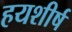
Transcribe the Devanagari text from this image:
हयशीर्ष